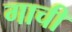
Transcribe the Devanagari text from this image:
गाची